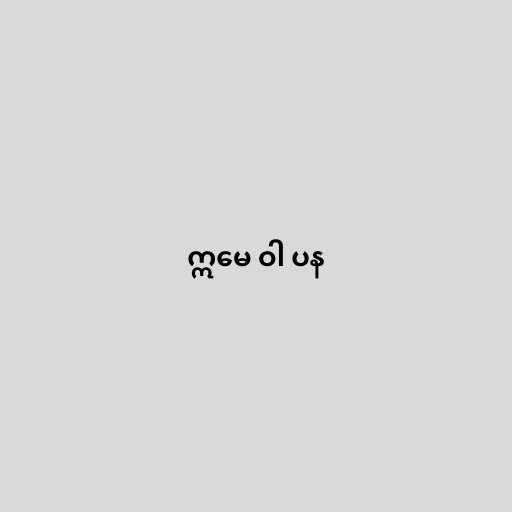
ဣမေ ဝါ ပန